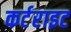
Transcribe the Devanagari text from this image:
कर्टराइट